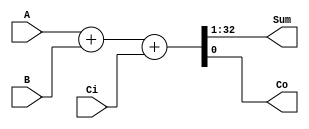
/// adder
///
/// in  :: A, B, Ci
/// out :: Sum, Co


module adder (
    input [31:0] A,
    input [31:0] B,
    input Ci,
    output [31:0] Sum,
    output Co
);

  assign {Sum, Co} = A + B + Ci;

endmodule